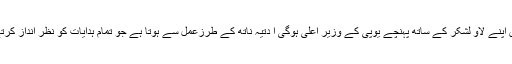
حکمراں اس معاملے میں کتنے بیدار ہیں اس کا اندازہ کل ایودھیا میں اپنے لاؤ لشکر کے ساتھ پہنچے یوپی کے وزیر اعلیٰ ہوگی آ دتیہ ناتھ کے طرزعمل سے ہوتا ہے جو تمام ہدایات کو نظر انداز کرتے ہوئے رام للہ کو چاندی کے گہوارے میں بٹھانے وہاں پہنچ گئے۔